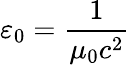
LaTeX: \varepsilon_{0}={\frac{1}{\mu_{0}c^{2}}}